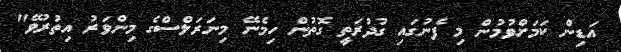
އަޑިން ކަމަށްވުމުން މި ފެނުގައި ގުދުރަތީ ގޮތުން ހިމެނޭ މިނަރަލްސްގެ މިންވަރު އިތުރުވޭ"